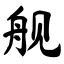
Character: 舰